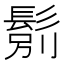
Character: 𲌝